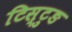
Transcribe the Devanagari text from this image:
टिस्टुङ